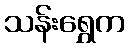
သန်းရွှေက